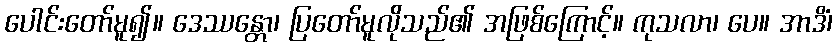
ပေါင်းတော်မူ၍။ ဒေဿန္တော၊ ပြတော်မူလိုသည်၏ အဖြစ်ကြောင့်။ ကုသလာ၊ ပေ။ အာဒိံ၊